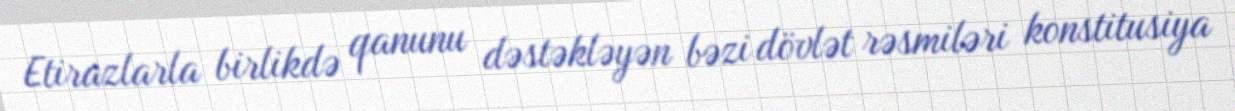
Etirazlarla birlikdə qanunu dəstəkləyən bəzi dövlət rəsmiləri konstitusiya